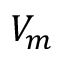
V _ { m }